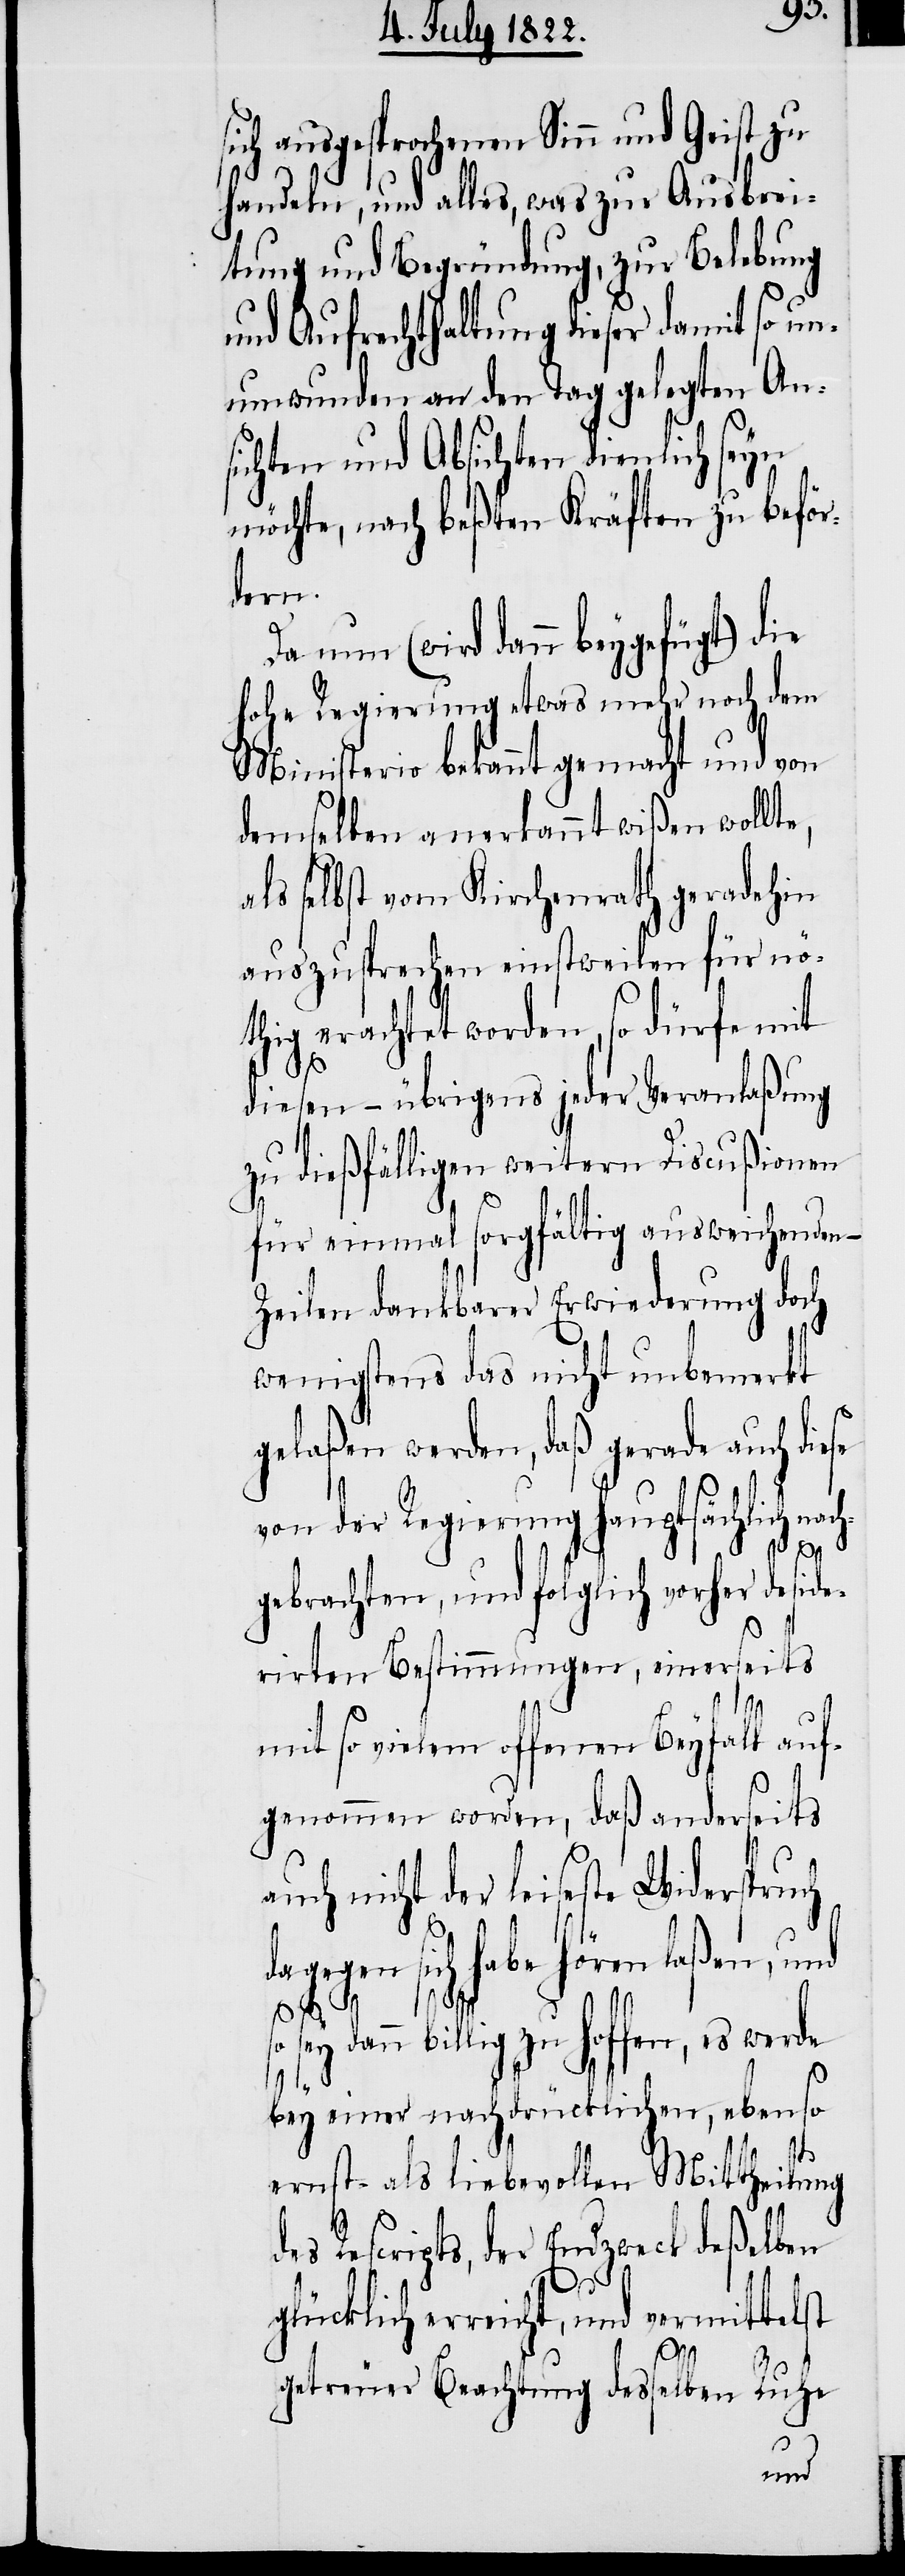
a¬
ich ausgesprochenen Sinn und Geist zu
handeln, und alles, was zur Ausbrei¬
tung und Begründung, zur Belebung
und Aufrechthaltung dieser damit so un¬
umwunden an den Tag gelegten An¬
sichten und Absichten dienlich seyn
möchte, nach beßten Kräften zu beför¬
dern.
Da nun (wird dann beygefügt) die
Hohe Regierung etwas mehr noch dem
Ministerio bekannt gemacht und von
demselben anerkannt wißen wollt¬
als selbst vom Kirchenrath geradehin
auszusprechen einstweilen für nö¬
thig erachtet worden, so dürfe mit
diesen – übrigens jeder Veranlaßung
zu dießfälligen weitern Discußionen
für einmal sorgfältig ausweichenden –
Zeilen dankbarer Erwiederung doch
wenigstens das nicht unbemerkt
gelaßen werden, daß gerade auch die¬
von der Regierung hauptsächlich nach¬
da¬
gebrachten, und folglich vorher deside¬
rirten Bestimmungen, einerseits
mit so vielem offenen Beyfall auf¬
genommen worden, daß anderseits
uch nicht der leiseste Widerspruch
gegen sich habe hören laßen, und
dann billig zu hoffen, es werde
bey einer nachdrücklichen, ebenso
ernst- als liebevollen Mittheilung
des Rescripts, der Endzweck deßelben
so sey
getreuer Beachtung desselben Ruhe
und